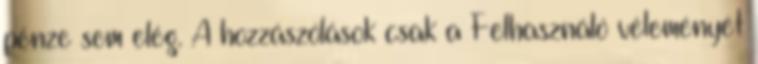
pénze sem elég. A hozzászólások csak a Felhasználó véleményét